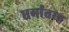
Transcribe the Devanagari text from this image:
धर्मांतरच